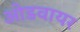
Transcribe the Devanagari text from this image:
ओडवायर